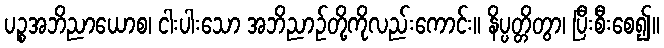
ပဉ္စအဘိညာယောစ၊ ငါးပါးသော အဘိညာဉ်တို့ကိုလည်းကောင်း။ နိပ္ပတ္တိတွာ၊ ပြီးစီးစေ၍။